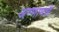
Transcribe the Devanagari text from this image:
अण्णामलै